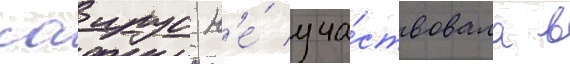
саирус н'е́ уча́ствовала в